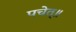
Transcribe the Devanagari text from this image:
पचेत्॥